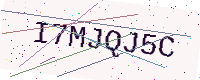
Text: I7MJQJ5C